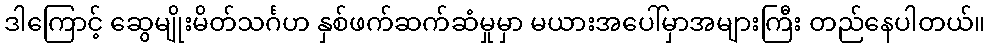
ဒါကြောင့် ဆွေမျိုးမိတ်သင်္ဂဟ နှစ်ဖက်ဆက်ဆံမှုမှာ မယားအပေါ်မှာအများကြီး တည်နေပါတယ်။